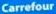
Carrefour